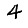
Digit: 4